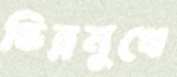
ভিন্নমুখে